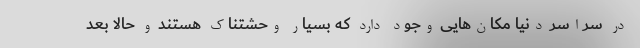
در سراسر دنیا مکان‌هایی وجود دارد که بسیار وحشتناک هستند و حالا بعد